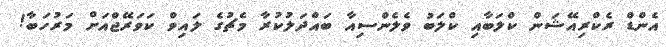
އެންޑް ރެކްރިއޭޝަން ކްލަބާއި ކްލަބު ވެލެންސިއާ ބައްދަލުކުރާ މެޗުގެ ލައިވް ކަވަރޭޖްއަށް މަރުހަބާ!